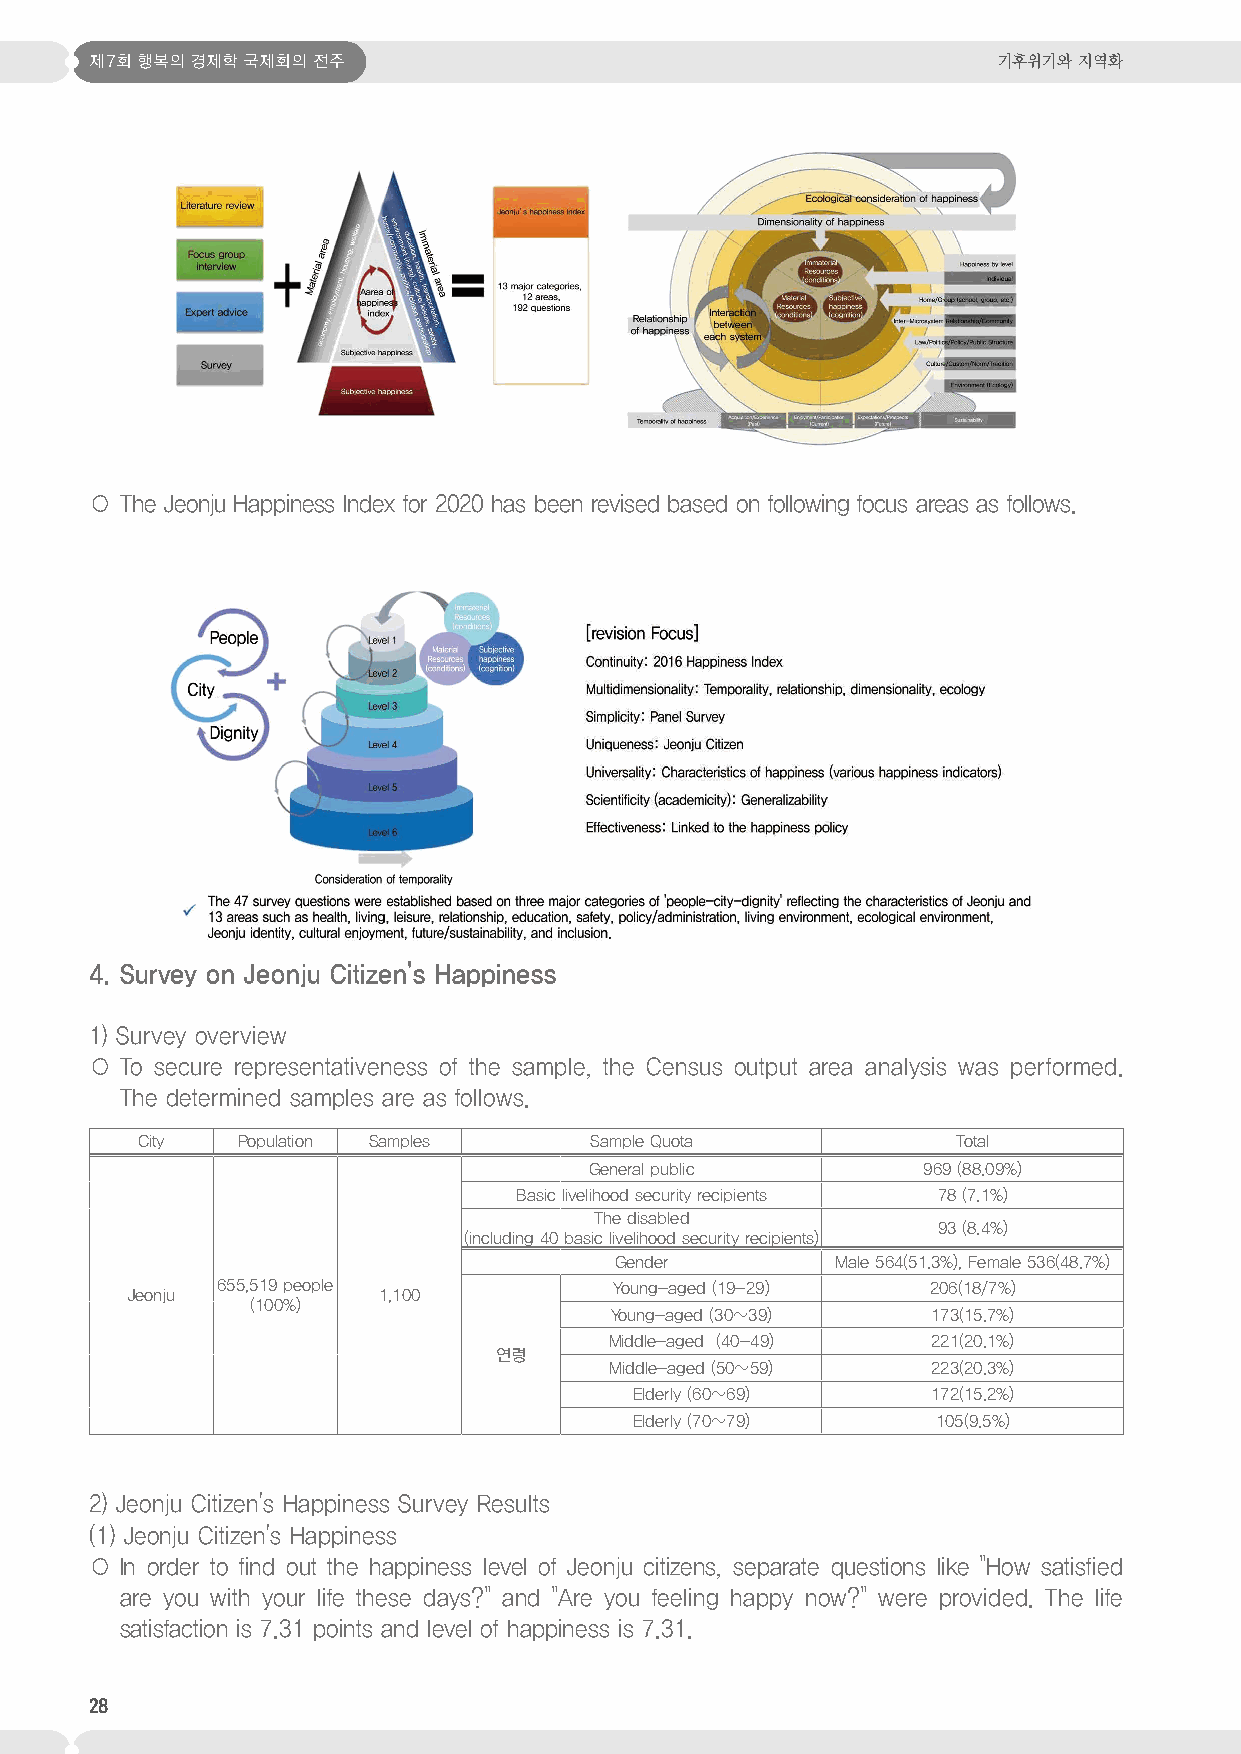
제7회 행복의 경제학 국제회의 전주                                         기후위기와 지역화
 ○ The Jeonju Happiness Index for 2020 has been revised based on following focus areas as follows.
 4. Survey on Jeonju Citizen's Happiness
 1) Survey overview
 ○ To secure representativeness of the sample, the Census output area analysis was performed.
 The determined samples are as follows.
 City   Population Samples     Sample Quota            Total
 General public        969 (88.09%)
 Basic livelihood security recipients 78 (7.1%)
 The disabled
 93 (8.4%)
 (including 40 basic livelihood security recipients)
 Gender        Male 564(51.3%), Female 536(48.7%)
 655,519 people             Young-aged (19-29)   206(18/7%)
 Jeonju           1,100
 (100%)
 Young-aged (30~39)    173(15.7%)
 Middle-aged (40-49)   221(20.1%)
 연령
 Middle-aged (50~59)   223(20.3%)
 Elderly (60~69)     172(15.2%)
 Elderly (70~79)     105(9.5%)
 2) Jeonju Citizen's Happiness Survey Results
 (1) Jeonju Citizen's Happiness
 ○ In order to find out the happiness level of Jeonju citizens, separate questions like "How satisfied
 are you with your life these days?" and "Are you feeling happy now?" were provided. The life
 satisfaction is 7.31 points and level of happiness is 7.31.
 28